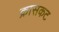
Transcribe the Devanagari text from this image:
क्रासकट